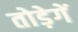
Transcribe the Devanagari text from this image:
तोड़ेगें